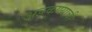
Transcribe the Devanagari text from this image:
अडकण्याची